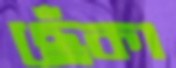
ছেঁকা